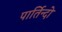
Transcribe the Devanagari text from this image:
पार्तिन्दो